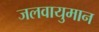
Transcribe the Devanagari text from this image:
जलवायुमान